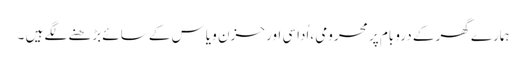
ہمارے گھر کے درو بام پر محرومی ،اُداسی اور حزن و یاس کے سائے بڑھنے لگے ہیں ۔